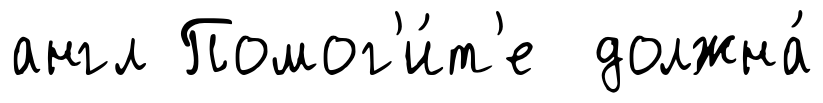
англ Помог'и́т'е должна́